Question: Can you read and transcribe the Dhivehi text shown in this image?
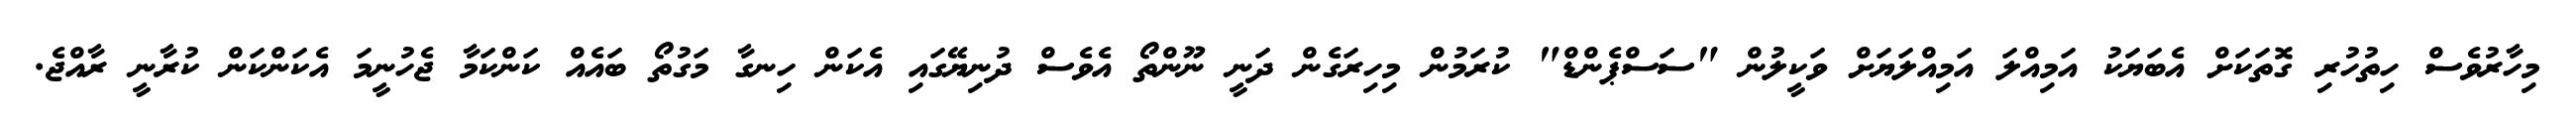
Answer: މިހާރުވެސް ހިތުހުރި ގޮތަކަށް އެބަޔަކު އަމިއްލަ އަމިއްލަޔަށް ވަކީލުން "ސަސްޕެންޑް" ކުރަމުން މިހިރަގެން ދަނީ ނޫންތޯ އެވެސް ދުނިޔޭގައި އެކަން ހިނގާ މަގުތޯ ބައެއް ކަންކަމާ ޖެހުނީމަ އެކަންކަން ކުރާނީ ރާއްޖެ.